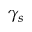
\gamma _ { s }